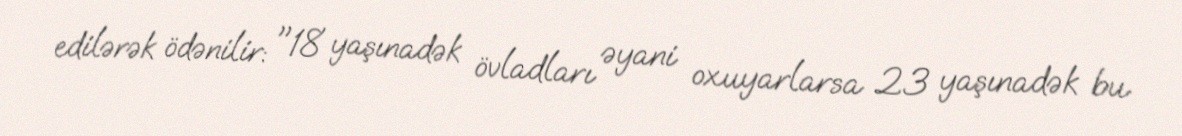
edilərək ödənilir: "18 yaşınadək övladları əyani oxuyarlarsa 23 yaşınadək bu